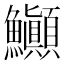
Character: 𬵽